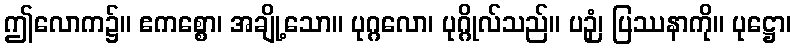
ဤလောက၌။ ဧကစ္စော၊ အချို့သော။ ပုဂ္ဂလော၊ ပုဂ္ဂိုလ်သည်။ ပဉှံ၊ ပြဿနာကို။ ပုဋ္ဌော၊